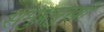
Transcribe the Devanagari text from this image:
समुद्रमुखी